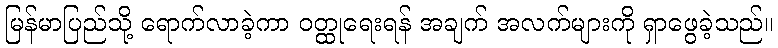
မြန်မာပြည်သို့ ရောက်လာခဲ့ကာ ဝတ္ထုရေးရန် အချက် အလက်များကို ရှာဖွေခဲ့သည်။